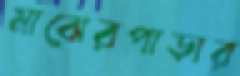
মাঝেরপাড়ার